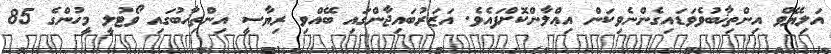
އަލިޔޭވް އިންތިޚާބުވެވަޑައިގެންނެވިކަން އިޢްލާންކޮށްފައެވެ. އަޒަރުބައިޖާންގައި ބޭއްވި ރިޔާސީ އިންތިޚާބުގައި ވޯޓުލީ މީހުންގެ 85